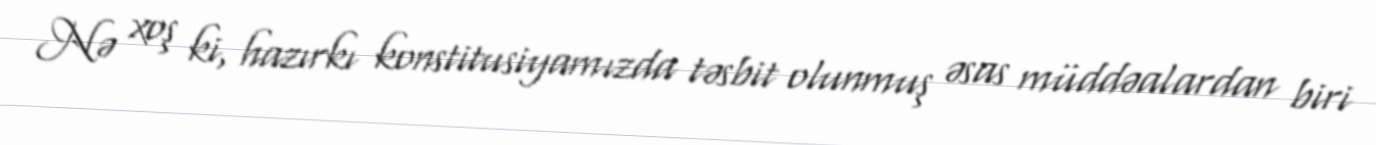
Nə xoş ki, hazırkı konstitusiyamızda təsbit olunmuş əsas müddəalardan biri